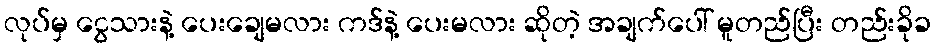
လုပ်မှ ငွေသားနဲ့ ပေးချေမလား ကဒ်နဲ့ ပေးမလား ဆိုတဲ့ အချက်ပေါ် မူတည်ပြီး တည်းခိုခ